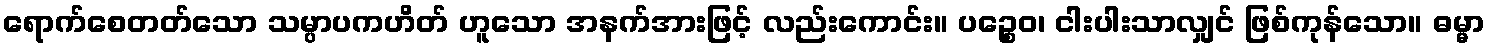
ရောက်စေတတ်သော သမ္ပာပကဟိတ် ဟူသော အနက်အားဖြင့် လည်းကောင်း။ ပဉ္စေဝ၊ ငါးပါးသာလျှင် ဖြစ်ကုန်သော။ ဓမ္မာ